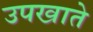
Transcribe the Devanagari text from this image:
उपखाते